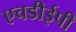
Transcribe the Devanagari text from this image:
एचडीईपी